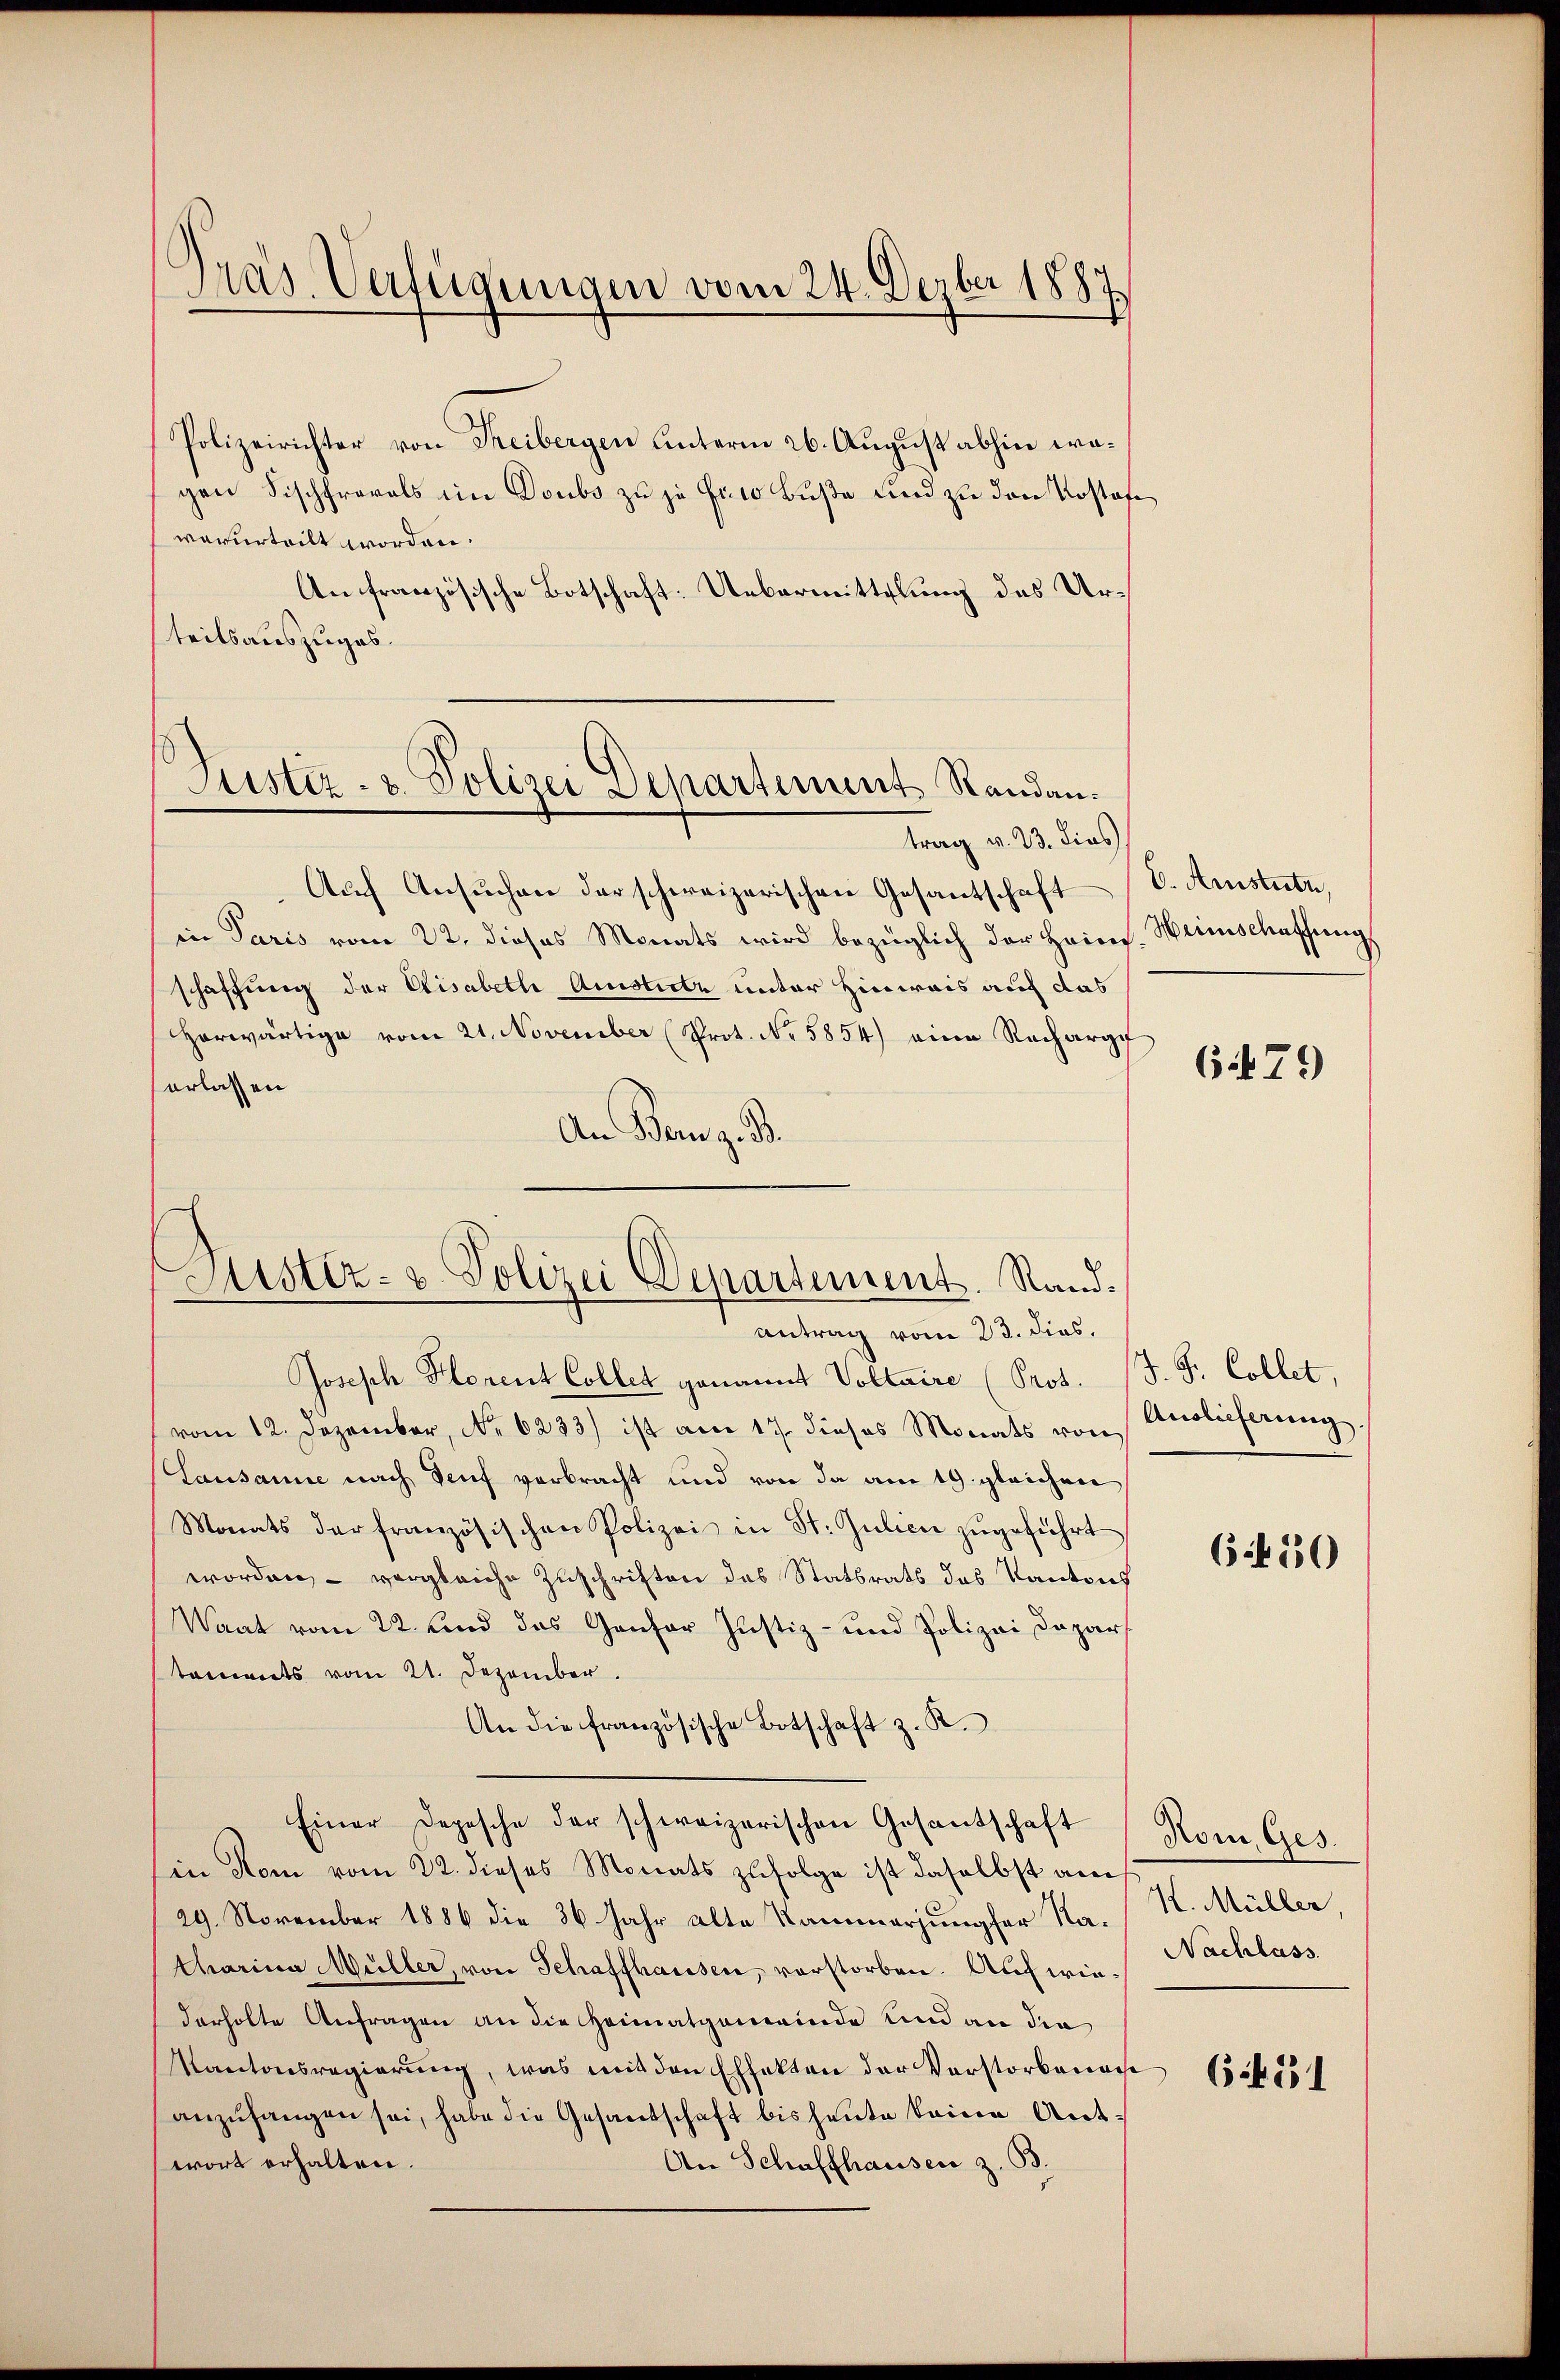
Pras Verfügungen vom 24. Dezbr 1887

Polizeirichter von Freibergen unterm 26. August abhin wagen Fischfravals im Doubs zu zu fiso Buße und zu den Rostof
verurteilt worden.
An französische Botschaft: Uebermittelung des Urteitsauszuges.

Justiz- & Polizei Departement Randau.

Justiz- u. Polizei Departement. Rand¬
Antrag vom 23. dies

trag v. 23. dies
Auch Ansuchen der schweizerischen Gesantschaft
in Paris vom 22. dieses Monats wird bezüglich der Heins. Weinschaffungs
schaffung der Elisabeth Amistirte unter Hinweis auf das
Herwärtige vom 21. November (Prot. No 5854) eine Recharge
erlassen
An Bern z. B.
Joseph Florent Collet genannt Voltaire (Prot. (J. F. Collet,
vom 12. Dezember, No. 6233) ist am 17. dieses Monats von Auslieferung,
Lausanne nach Senf verbracht und von da am 19. gleichen
Monats der französischen Polizei in St. Julien zŭgeführt
worden, – vergleiche Zuschriften das Statsrats das Kantons
Waat vom 22. und das Gantor Justiz- und Polizei Dapar
taments vom 21. Dezember.
An die französische Botschaft z. K.
Einer Depesche der schweizerischen Gesantschaft
in Rom vom 22. dieses Monats zufolge ist daselbst am
29. November 1886 die 36 Jahr alte Kammerjungfer Natharina Müller, von Schaffhausen, vorstorben. Auch wiederholte Anfragen an die Heimatgemeinde und an die
Kantonsregierung, was mit den Effekten der Vorstorbenac
anzŭhangen sei, habe die Gesandschaft bis heute keine Antwort erhalten.
An Schaffhauser z. 33.

b. Amstutz,

6479

6450

Hom, Ges.
K. Müller
Nachlass

6.431